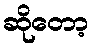
ဆိုတော့